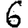
Digit: 6